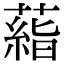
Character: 𬞙